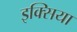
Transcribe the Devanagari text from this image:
इक्सिया